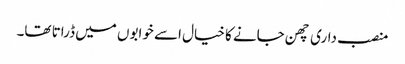
منصب داری چھن جانے کا خیال اسے خوابوں میں ڈراتا تھا۔